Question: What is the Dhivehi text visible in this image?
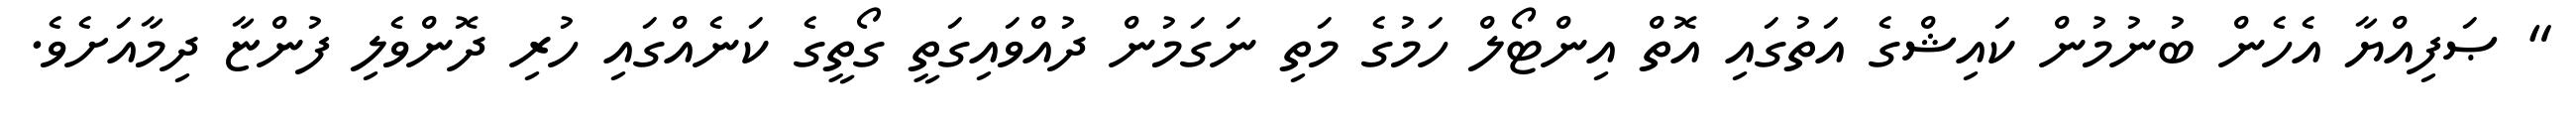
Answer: " ޞަފިއްޔާ އެހެން ބުނުމުން ކައިޝްގެ އަތުގައި އޮތް އިންޓޯލް ހަމުގެ މަތި ނަގަމުން ދުއްވައިގަތީ ގޯތީގެ ކަނެއްގައި ހުރި ދޮންވެލި ފުންޏާ ދިމާއަށެވެ.